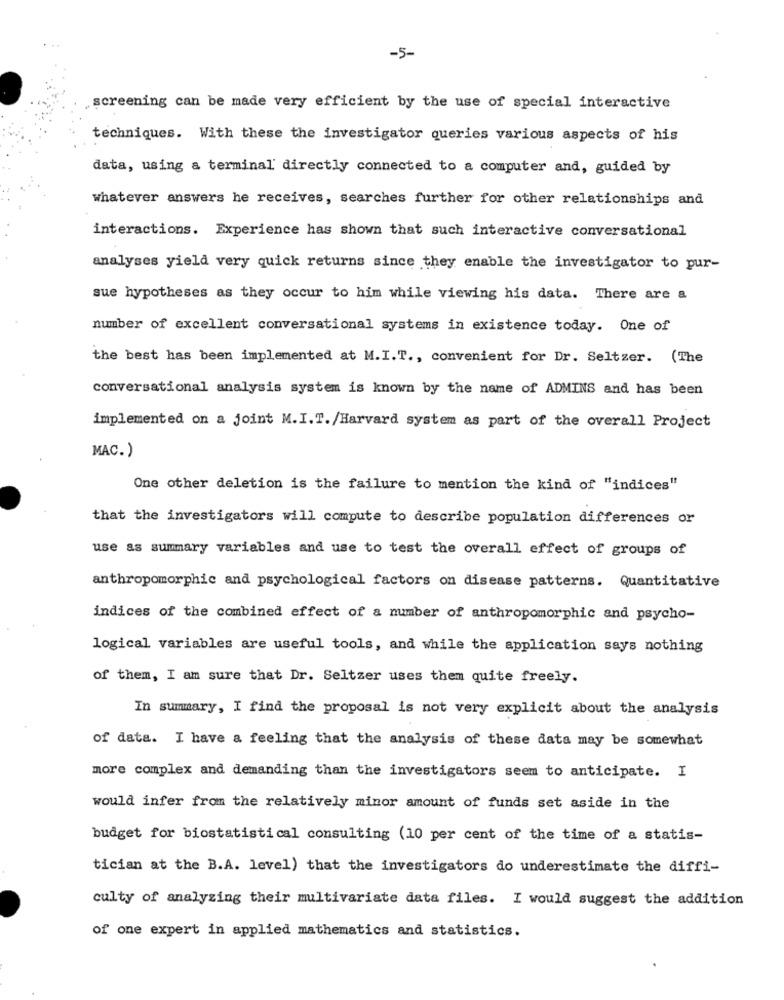
-5-
screening can be made very efficient by the use of special interactive
techniques. With these the investigator queries various aspects of his
data, using a terminal' directly connected to a computer and, guided by
whatever answers he receives, searches further for other relationships and
interactions. Experience has shown that such interactive conversational
analyses yield very quick returns since they enable the investigator to pur-
sue hypotheses as they occur to him while viewing his data. There are a
number of excellent conversational systems in existence today. One of
the best has been implemented at M.I.T ., convenient for Dr. Seltzer. (The
conversational analysis system is known by the name of ADMINS and has been
implemented on a joint M.I.T. /Harvard system as part of the overall Project
MAC. )
One other deletion is the failure to mention the kind of "indices"
that the investigators will compute to describe population differences or
use as summary variables and use to test the overall effect of groups of
anthropomorphic and psychological factors on disease patterns. Quantitative
indices of the combined effect of a number of anthropomorphic and psycho-
logical variables are useful tools, and while the application says nothing
of them, I am sure that Dr. Seltzer uses them quite freely.
In summary, I find the proposal is not very explicit about the analysis
of data. I have a feeling that the analysis of these data may be somewhat
more complex and demanding than the investigators seem to anticipate. I
would infer from the relatively minor amount of funds set aside in the
budget for biostatistical consulting (10 per cent of the time of a statis-
tician at the B.A. level) that the investigators do underestimate the diffi-
culty of analyzing their multivariate data files. I would suggest the addition
of one expert in applied mathematics and statistics.